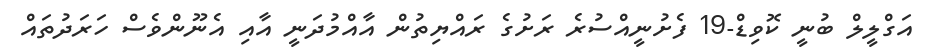
އަގްލީލް ބުނީ ކޮވިޑް-19 ފެށުނީއްސުރެ ރަށުގެ ރައްޔިތުން އާއްމުދަނީ އާއި އެނޫންވެސް ހަރަދުތައް